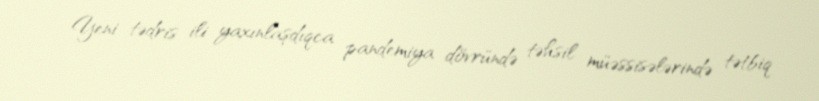
Yeni tədris ili yaxınlaşdıqca pandemiya dövründə təhsil müəssisələrində tətbiq